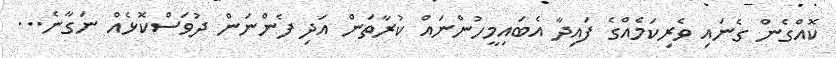
ކޮއްގެން ގެނައި ވެރިކަމެއްގެ ފައިދާ އެބައިމީހުންނައް ކުރާތަން އަދި ފެންނަން ދުވަސްކޮޅެއް ނަގާނެ...